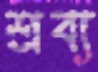
শ্রব্য